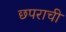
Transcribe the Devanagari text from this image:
छपराची